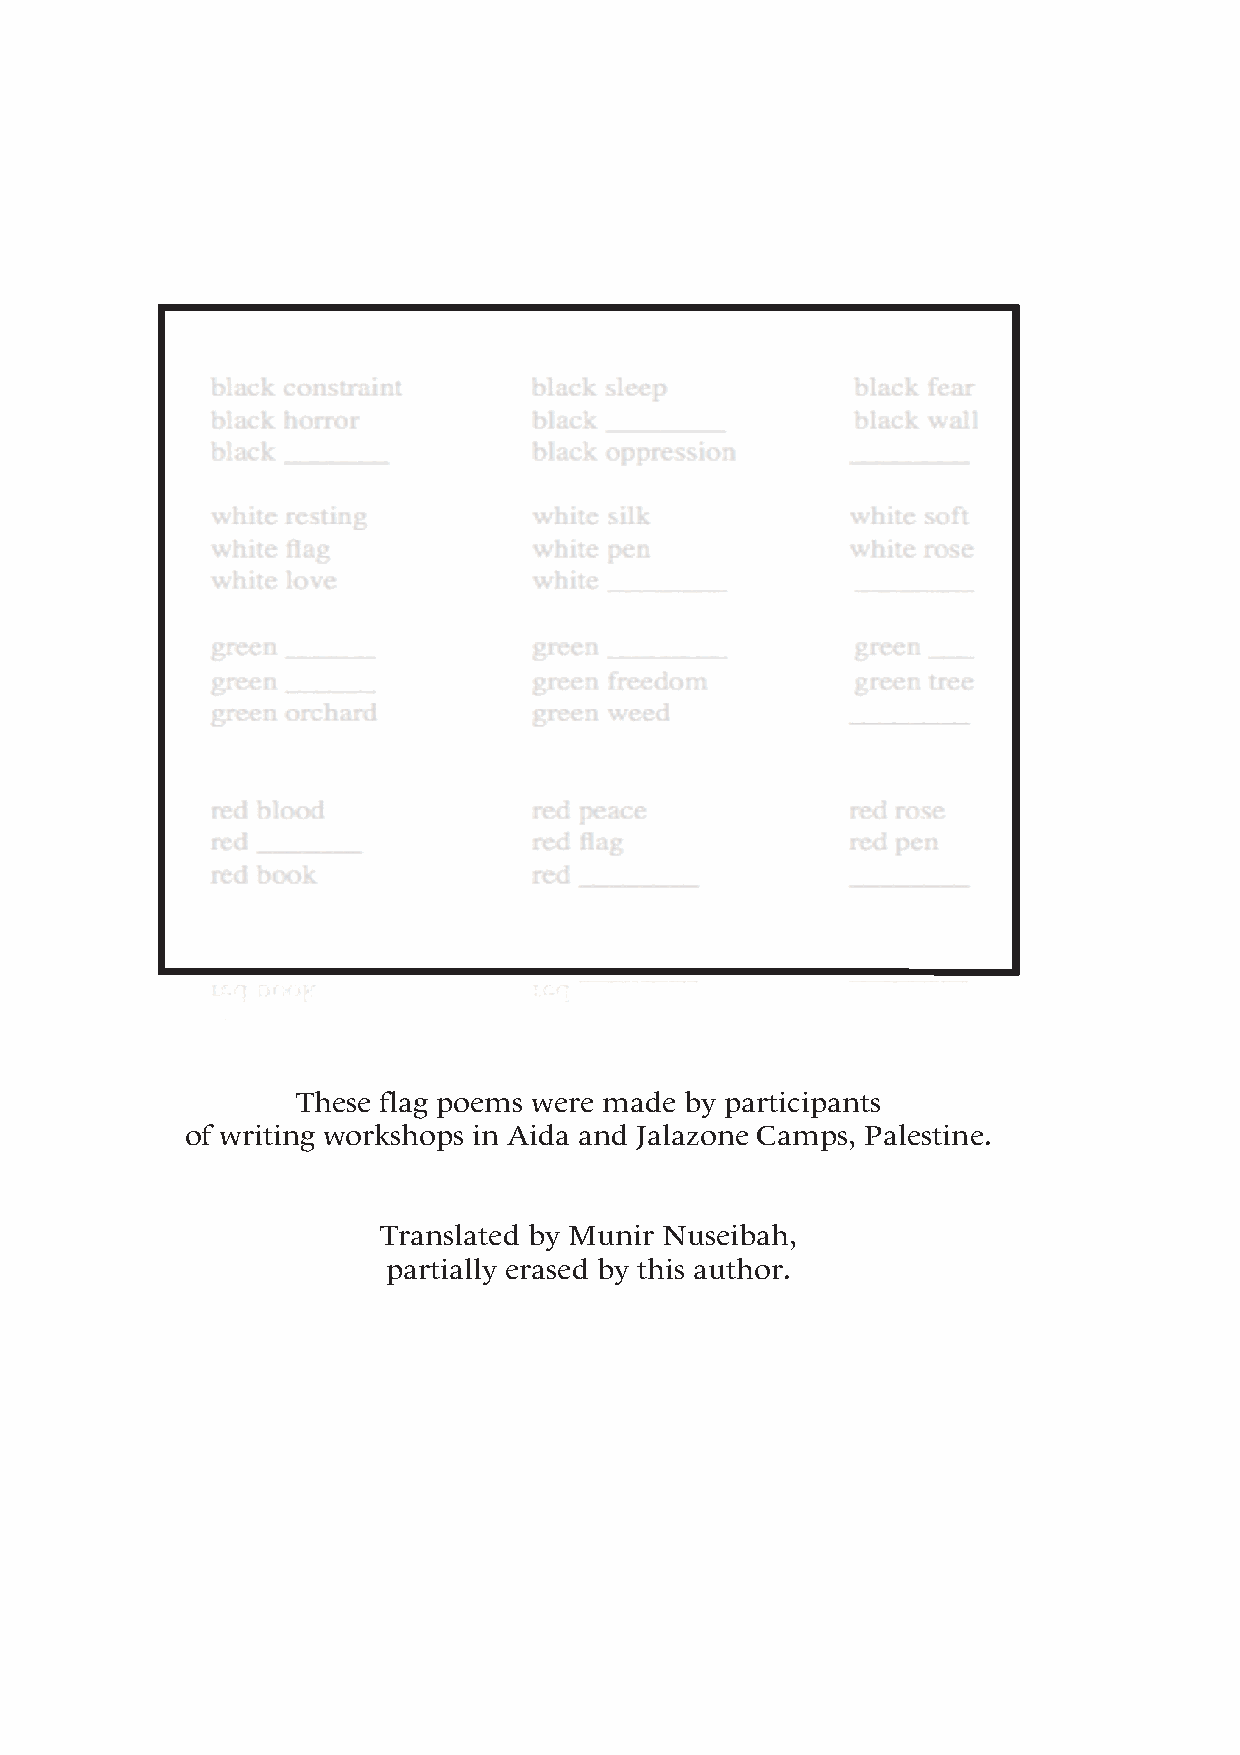
These flag poems were made by participants
 of writing workshops in Aida and Jalazone Camps, Palestine.
 Translated by Munir Nuseibah,
 partially erased by this author.
 58